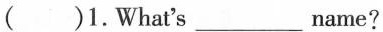
( )1.What's___name?